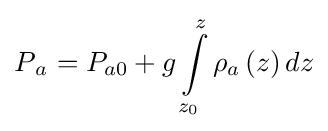
P{_{a}}=P_{a0}+g\int \limits _{z_{0}}^{z}\rho _{a}\left(z\right)dz